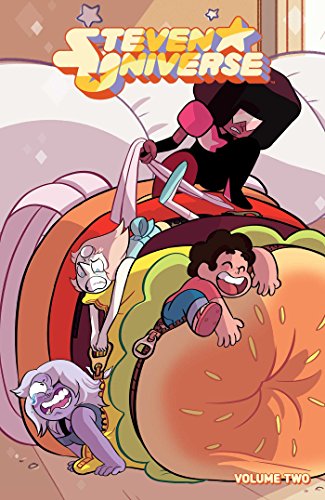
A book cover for Steven Universe Vol. 2; Jeremy Sorese; Children's Books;